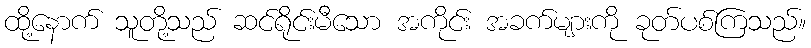
ထို့နောက် သူတို့သည် ဆင်ရိုင်းမီသော အကိုင်း အခက်များကို ခုတ်ပစ်ကြသည်။